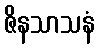
ဇိနသာသနံ